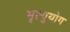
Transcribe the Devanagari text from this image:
मृत्युयोग